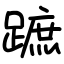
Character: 蹠